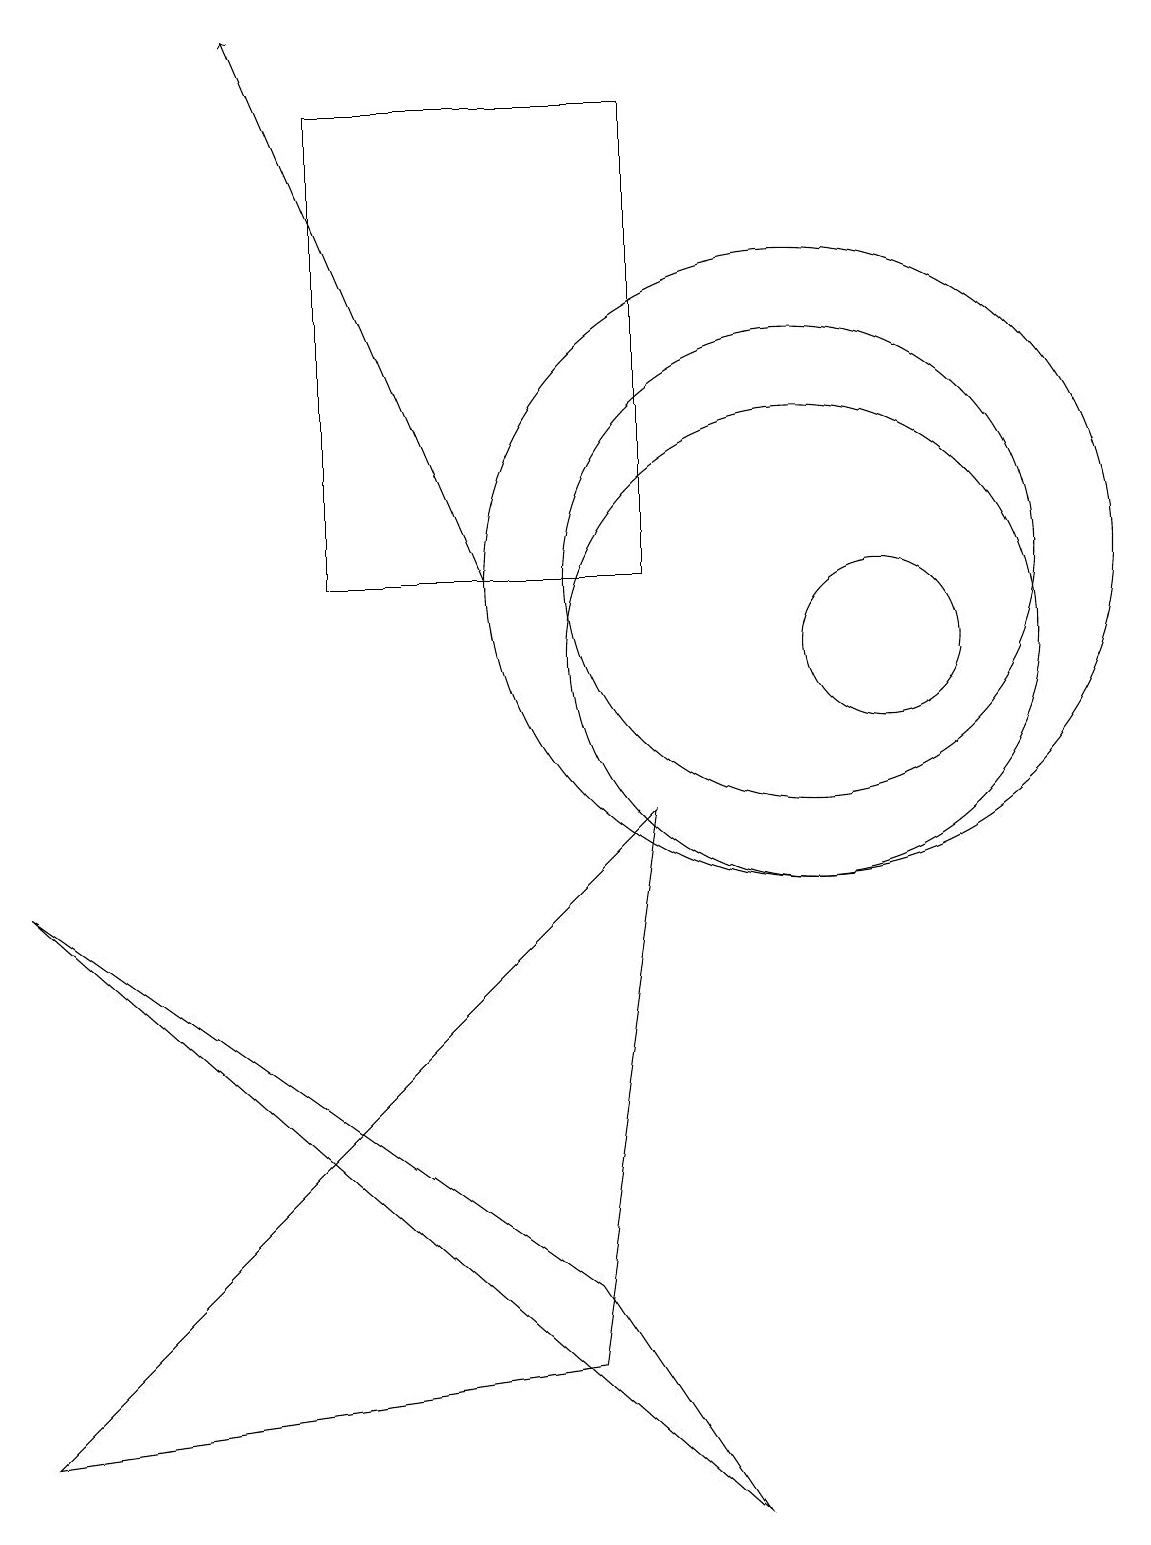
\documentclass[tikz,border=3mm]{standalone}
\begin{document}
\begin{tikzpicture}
\draw (10,12) circle (4);
\draw (8,9) -- (0,1) -- (7,2) -- cycle;
\draw (11,11) circle (1);
\draw[->] (6,12) -- (3,19);
\draw (10,12) circle (3);
\draw (10,11) circle (3);
\draw (8,12) rectangle (4,18);
\draw (0,8) -- (7,3) -- (9,0) -- cycle;
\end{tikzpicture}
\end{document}